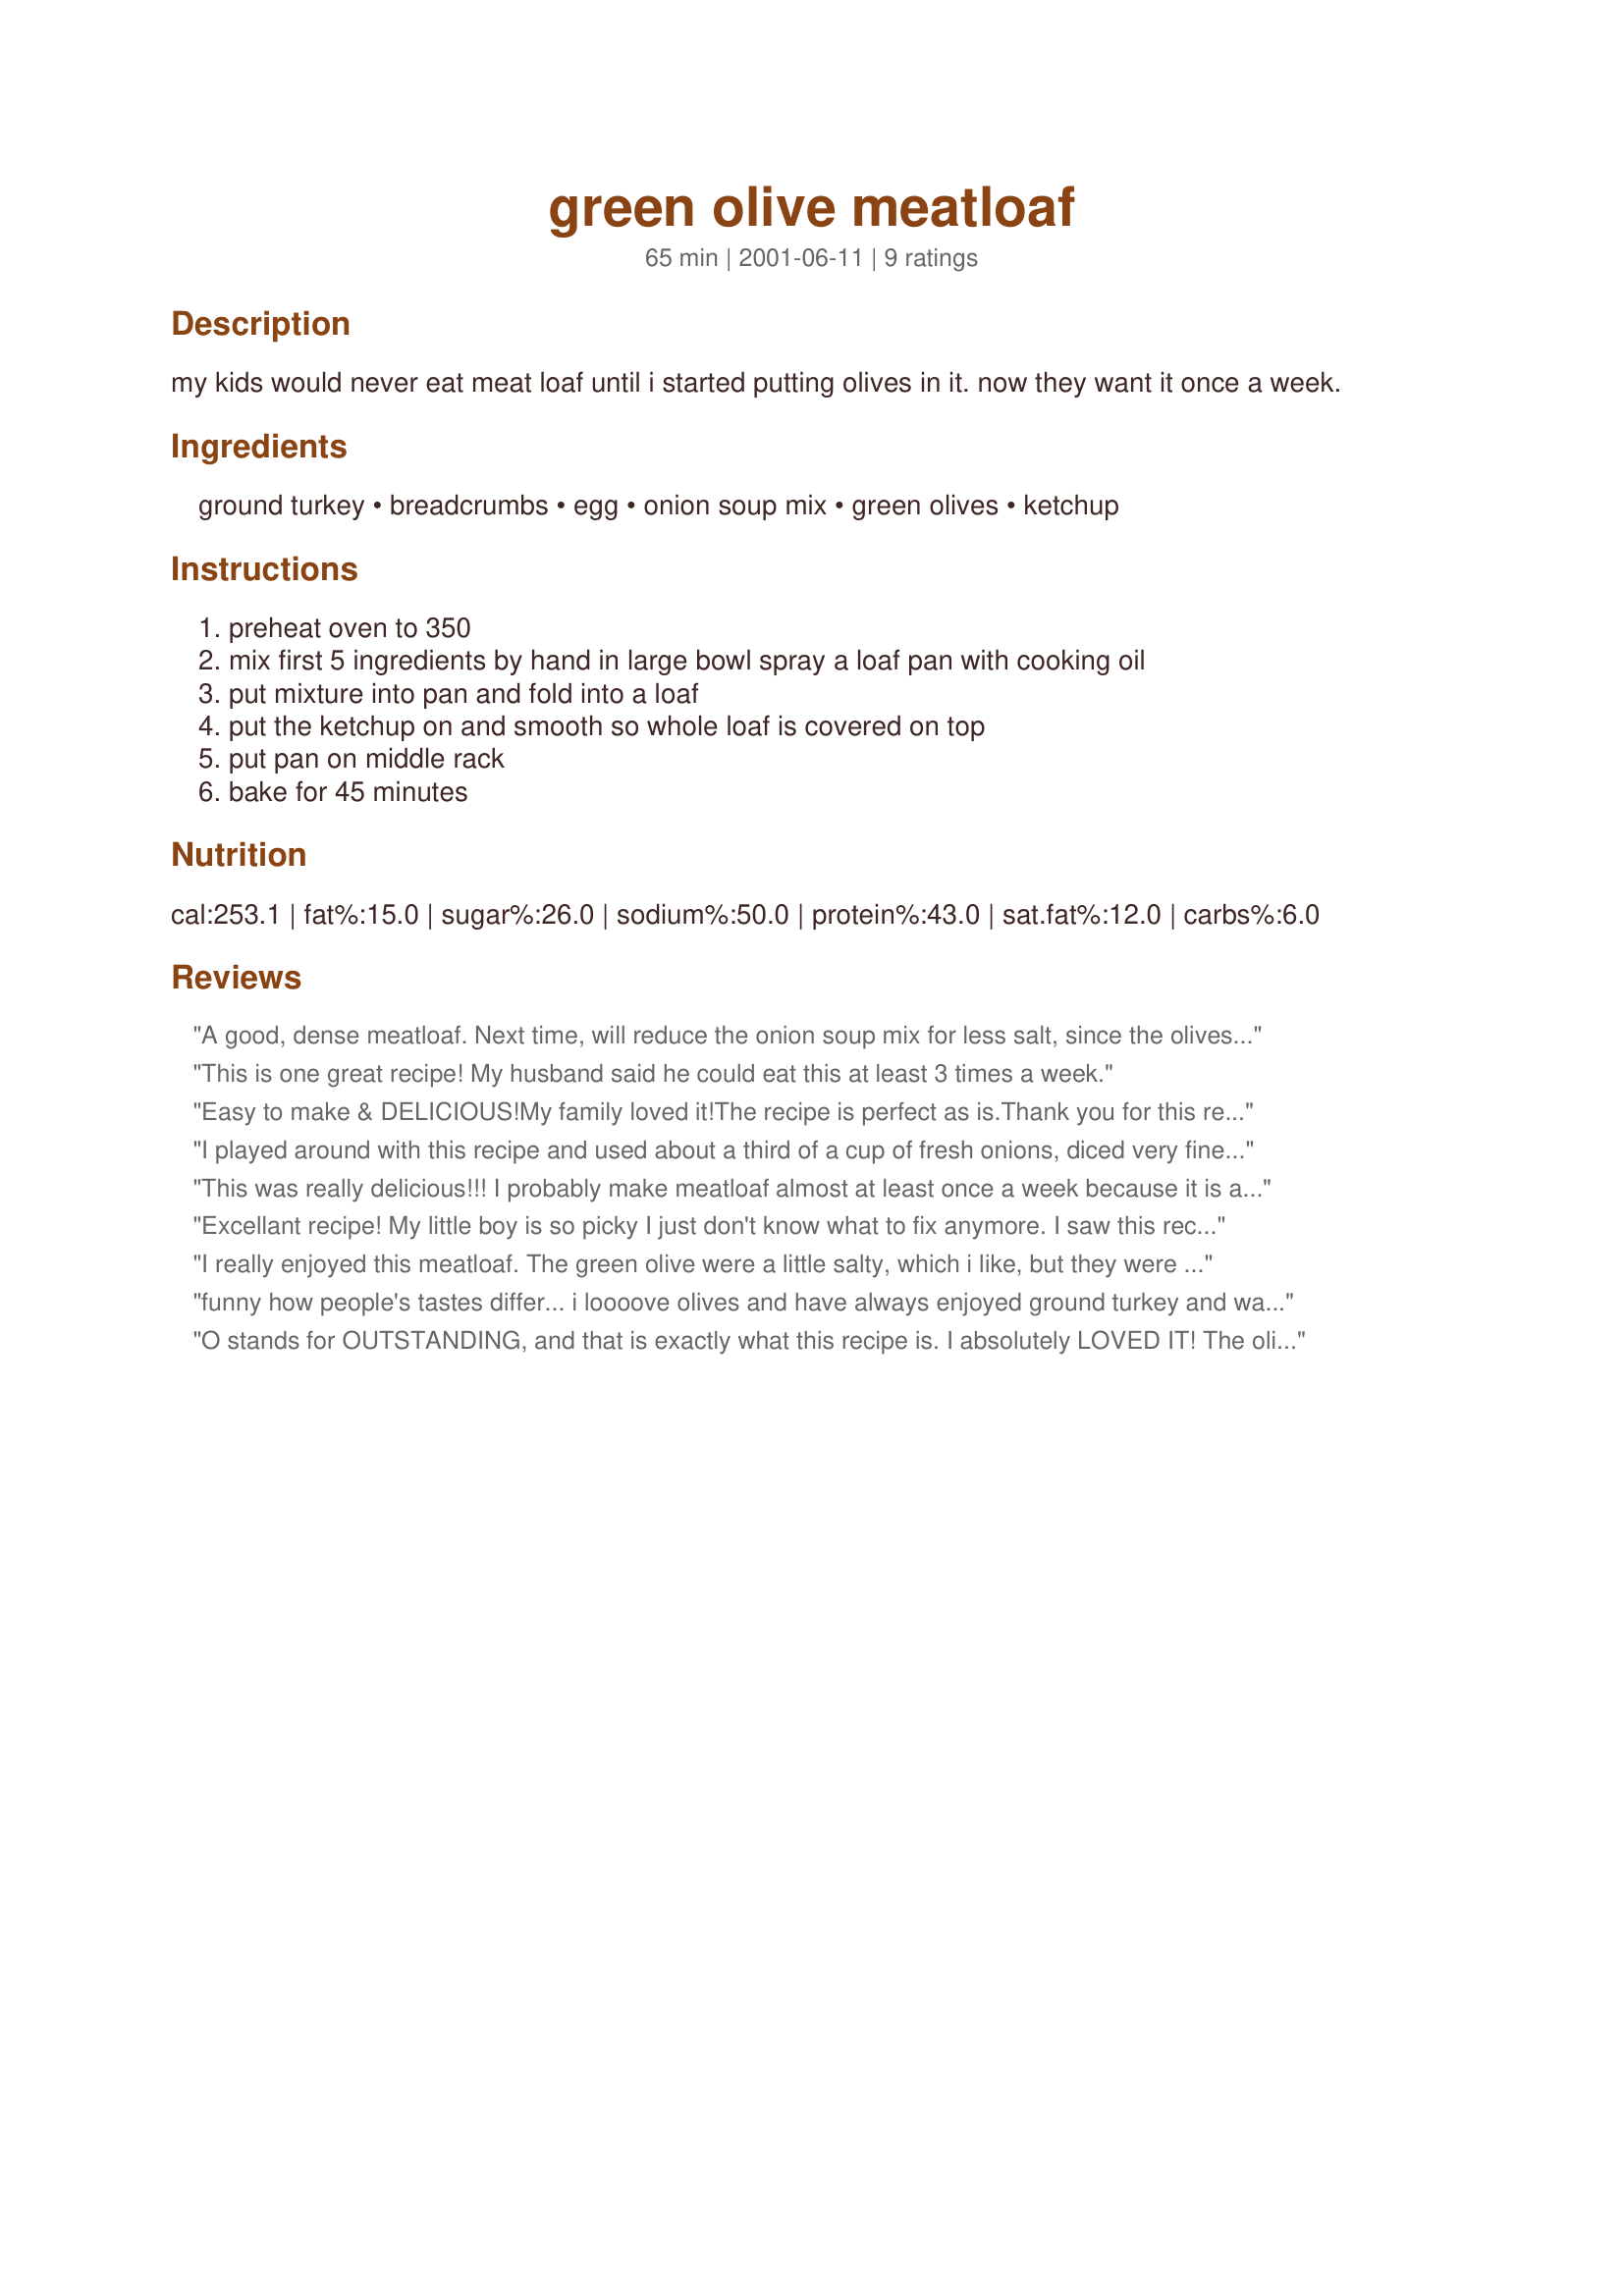
green olive meatloaf
Preparation time: 65 minutes

my kids would never eat meat loaf until i started putting olives in it. now they want it once a week.

Ingredients:
ground turkey, breadcrumbs, egg, onion soup mix, green olives, ketchup

Steps:
preheat oven to 350, mix first 5 ingredients by hand in large bowl spray a loaf pan with cooking oil, put mixture into pan and fold into a loaf, put the ketchup on and smooth so whole loaf is covered on top, put pan on middle rack, bake for 45 minutes

Reviews:
A good, dense meatloaf. Next time, will reduce the onion soup mix for less salt, since the olives are salty, too. Made in a ring meatloaf pan--so baking time was about 25 minutes.
This is one great recipe! My husband said he could eat this at least 3 times a week.
Easy to make & DELICIOUS!My family loved it!The recipe is perfect as is.Thank you for this recipe!
I played around with this recipe and used about a third of a cup of fresh onions, diced very fine, and a half a cup of sliced salad olives. My grocery store sells pre sliced olives at a reduced price because the vendor can use less than perfect olives in these jars ... and hey if you are going to slice them any ways .. why not !!

The loaf took 1 hour and 15 minutes to reach an internal temperature of 165 degrees, and 5 minutes of standing time helped the loaf absorb most of the excess liquid.
This was really delicious!!! I probably make meatloaf almost at least once a week because it is a favorite of DH, adding all kinds of different ingredients in search of a great taste and texture, and they all taste the same, BLAND!!! This recipe satisfied that search!!! The olives added great texture and flavor, and the ketchup infused into the meat, keeping it moist. During the last 5 minutes, I added 2 slices of processed american cheese and let them melt. My search is over!! Thanks, A.M. Collins, will be making this again!!!!
Excellant recipe! My little boy is so picky I just don't know what to fix anymore. I saw this recipe and thought, "hey, why not" and was I ever surprised, he loved it! Thanks, I am really a grateful mom.
I really enjoyed this meatloaf. The green olive were a little salty, which i like, but they were also very mild. I made one in the oven, and I made patties out of the other and grilled them outside!! I will never bake meatloaf again, they had this unbelivable flavor off the grill. Thank you
funny how people's tastes differ... i loooove olives and have always enjoyed ground turkey and was so looking forward to this recipe, but have to say i wasn't overly thrilled with it. The in-laws raved about it (but you never know, maybe they were just being nice?!) i knew when i was adding the onion mix that i should have used fresh onions (what's a meatloaf without onions?) but wanted to make the recipe as is before i knew what i wanted to tweak (as is my habit) ... outside of that, wasn't too keen on the consistency either... i usually like ground turkey and had to use it because in-laws have intolerances to beef..... but there is nothing quite like a hearty homemade ground beef meatloaf. this recipe left me with a serious craving that needs to be met! it wasn't bad, hence the 3 star rating, but nothing special either. glad i tried something new though, thanks for posting :)
O stands for OUTSTANDING, and that is exactly what this recipe is. I absolutely LOVED IT! The olives add so much flavor, I just can't believe it. Perfect meatloaf recipe. AMCollins, thank you for sharing it with us! I made this for "O" is for October & Other recipes - 2007 on the forum, and boy, am I glad I did. The only thing I did differently than the recipe is I threw green and black olives in the blender and chopped them, then added. I also used ground sirloin instead of the ground turkey.
